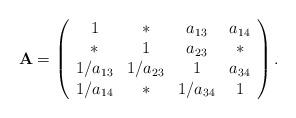
LaTeX: \begin{align*} \mathbf{A}=\left( \begin{array}{cccc} 1& * & a_{13} & a_{14} \\ * & 1 & a_{23} & *\\1/a_{13}& 1/a_{23}& 1 & a_{34} \\1/a_{14}& * & 1/a_{34}& 1\\\end{array}\right).\end{align*}